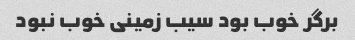
برگر خوب بود سیب زمینی خوب نبود